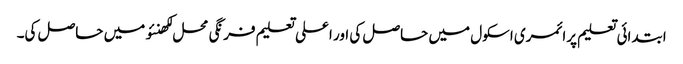
ابتدائی تعلیم پرائمری اسکول میں حاصل کی اور اعلی تعلیم فرنگی محل لکھنئو میں حاصل کی۔